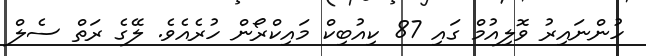
ހުންނައިރު ވޮލިއުމް ގައި 87 ކިއުބިކް މައިކްރޯން ހުރެއެވެ. ލޭގެ ރަތް ސެލް